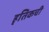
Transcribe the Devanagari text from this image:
हृतिकची